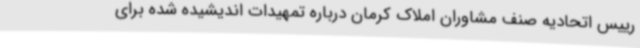
رییس اتحادیه صنف مشاوران املاک کرمان درباره تمهیدات اندیشیده شده برای